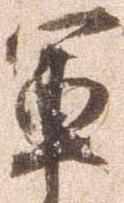
軍